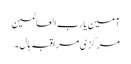
آمین یا رب العالمین
مرکزی مراقبہ ہال ۔